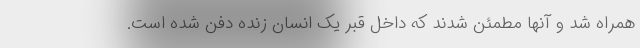
همراه شد و آنها مطمئن شدند که داخل قبر یک انسان زنده دفن شده است.